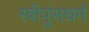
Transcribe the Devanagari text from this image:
स्त्रीपुंसधर्म